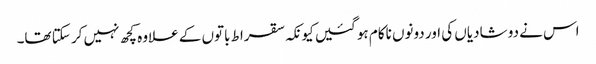
اس نے دو شادیاں کی اور دونوں ناکام ہو گئیں کیونکہ سقراط باتوں کے علاوہ کچھ نہیں کر سکتا تھا۔